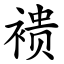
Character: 䙌